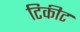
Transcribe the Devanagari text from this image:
टिकीट